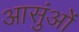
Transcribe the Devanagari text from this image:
आसुंओं